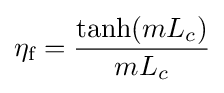
\eta _{\text{f}}={\frac {\tanh(mL_{c})}{mL_{c}}}